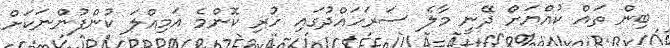
ބިން ތައް ކުއްޔަށް ދޭނީ މާލެ ސަރަހައްދުގައި ހުރި ކޮންމެ އަމިއްލަ ކުންފުންނަކަށް